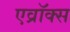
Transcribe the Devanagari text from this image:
एव्रॉक्स